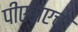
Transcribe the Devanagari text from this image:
पीएसएचा